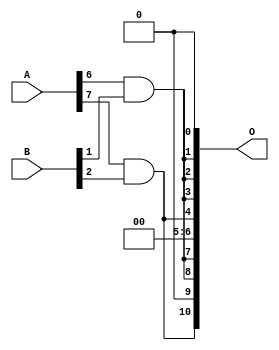
// This program was cloned from: https://github.com/ehw-fit/evoapproxlib
// License: MIT License

/***
* This code is a part of EvoApproxLib library (ehw.fit.vutbr.cz/approxlib) distributed under The MIT License.
* When used, please cite the following article(s): V. Mrazek, L. Sekanina, Z. Vasicek "Libraries of Approximate Circuits: Automated Design and Application in CNN Accelerators" IEEE Journal on Emerging and Selected Topics in Circuits and Systems, Vol 10, No 4, 2020 
* This file contains a circuit from a sub-set of pareto optimal circuits with respect to the pwr and mae parameters
***/
// MAE% = 8.40 %
// MAE = 172 
// WCE% = 31.01 %
// WCE = 635 
// WCRE% = 210.94 %
// EP% = 87.06 %
// MRE% = 65.71 %
// MSE = 51275 
// PDK45_PWR = 0.0006 mW
// PDK45_AREA = 4.7 um2
// PDK45_DELAY = 0.04 ns

module mul8x3u_0Q5 (
    A,
    B,
    O
);

input [7:0] A;
input [2:0] B;
output [10:0] O;

wire sig_17,sig_34;

assign sig_17 = A[6] & B[1];
assign sig_34 = A[7] & B[2];

assign O[10] = sig_34;
assign O[9] = 1'b0;
assign O[8] = sig_17;
assign O[7] = sig_17;
assign O[6] = 1'b0;
assign O[5] = 1'b0;
assign O[4] = sig_34;
assign O[3] = sig_17;
assign O[2] = sig_17;
assign O[1] = sig_17;
assign O[0] = 1'b0;

endmodule